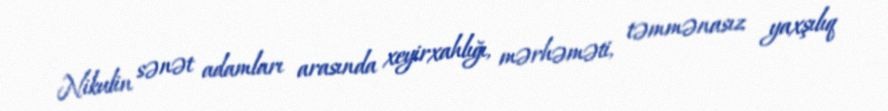
Nikulin sənət adamları arasında xeyirxahlığı, mərhəməti, təmmənasız yaxşılıq